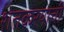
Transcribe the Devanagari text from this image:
शेतकरयाची